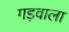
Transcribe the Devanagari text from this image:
गड़वाला